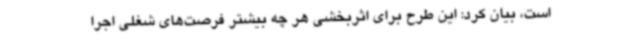
است، بیان کرد: این طرح برای اثربخشی هر چه بیشتر فرصت‌های شغلی اجرا